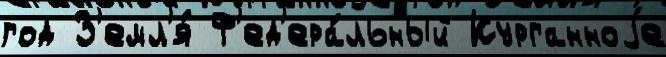
год З'емл'я́ Ф'ед'ера́льный Курганноjе